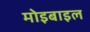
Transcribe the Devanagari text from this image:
मोइबाइल